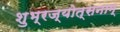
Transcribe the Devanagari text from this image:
शुभ्रज्योत्सनाम्